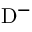
\mathrm { D ^ { - } }